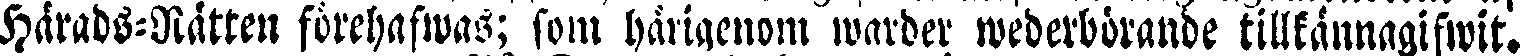
Härads-Nätten förehafaas; som härigenom aarder wederbörande tillkännagifwit.